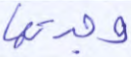
وجدتها